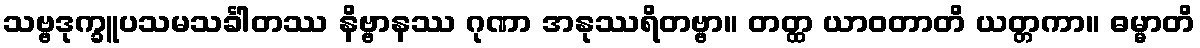
သဗ္ဗဒုက္ခူပသမသင်္ခါတဿ နိဗ္ဗာနဿ ဂုဏာ အနုဿရိတဗ္ဗာ။ တတ္ထ ယာဝတာတိ ယတ္တကာ။ ဓမ္မာတိ